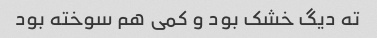
ته دیگ خشک بود و کمی هم سوخته بود